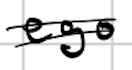
Text: ego
Cross-out: double-line
Writing tool: digital_black